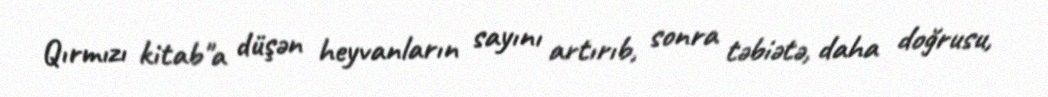
Qırmızı kitab"a düşən heyvanların sayını artırıb, sonra təbiətə, daha doğrusu,